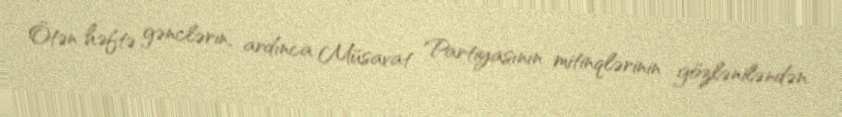
Ötən həftə gənclərin, ardınca Müsavat Partiyasının mitinqlərinin gözləniləndən